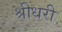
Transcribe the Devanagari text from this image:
श्रीधरी